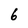
Character: 6